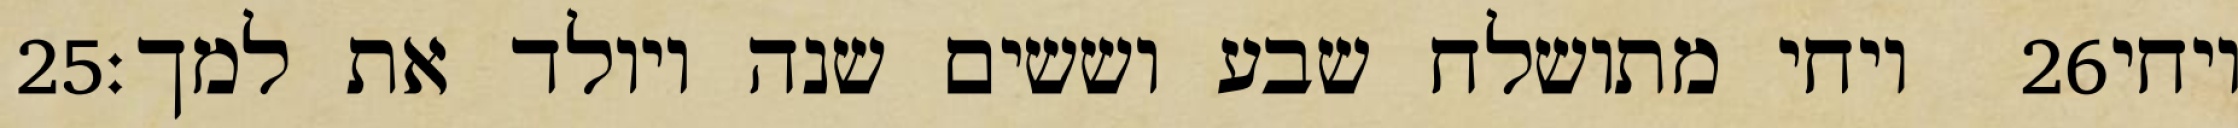
‎25‏ ויחי מתושלח שבע וששים שנה ויולד את למך׃ ‎26‏ ויחי